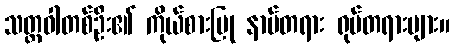
သတ္တဝါတစ်ဦး၏ ကိုယ်စားပြု နာမ်တရား ရုပ်တရားများ။